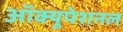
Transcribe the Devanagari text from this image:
ऑक्यूपेशनल